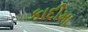
કાદીમા